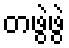
တဖွဲဖွဲ